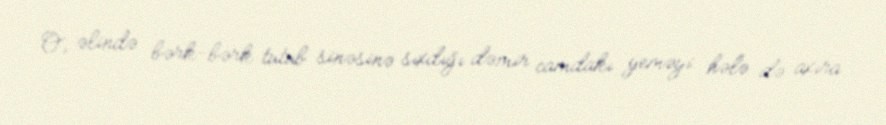
O, əlində bərk-bərk tutub sinəsinə sıxdığı dəmir camdakı yeməyi hələ də axıra